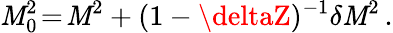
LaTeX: \mathit{M}_{0}^{2}\! =\! \mathit{M}^{2}+(1-\deltaZ)^{-1}\delta\mathit{M}^{2}\, .